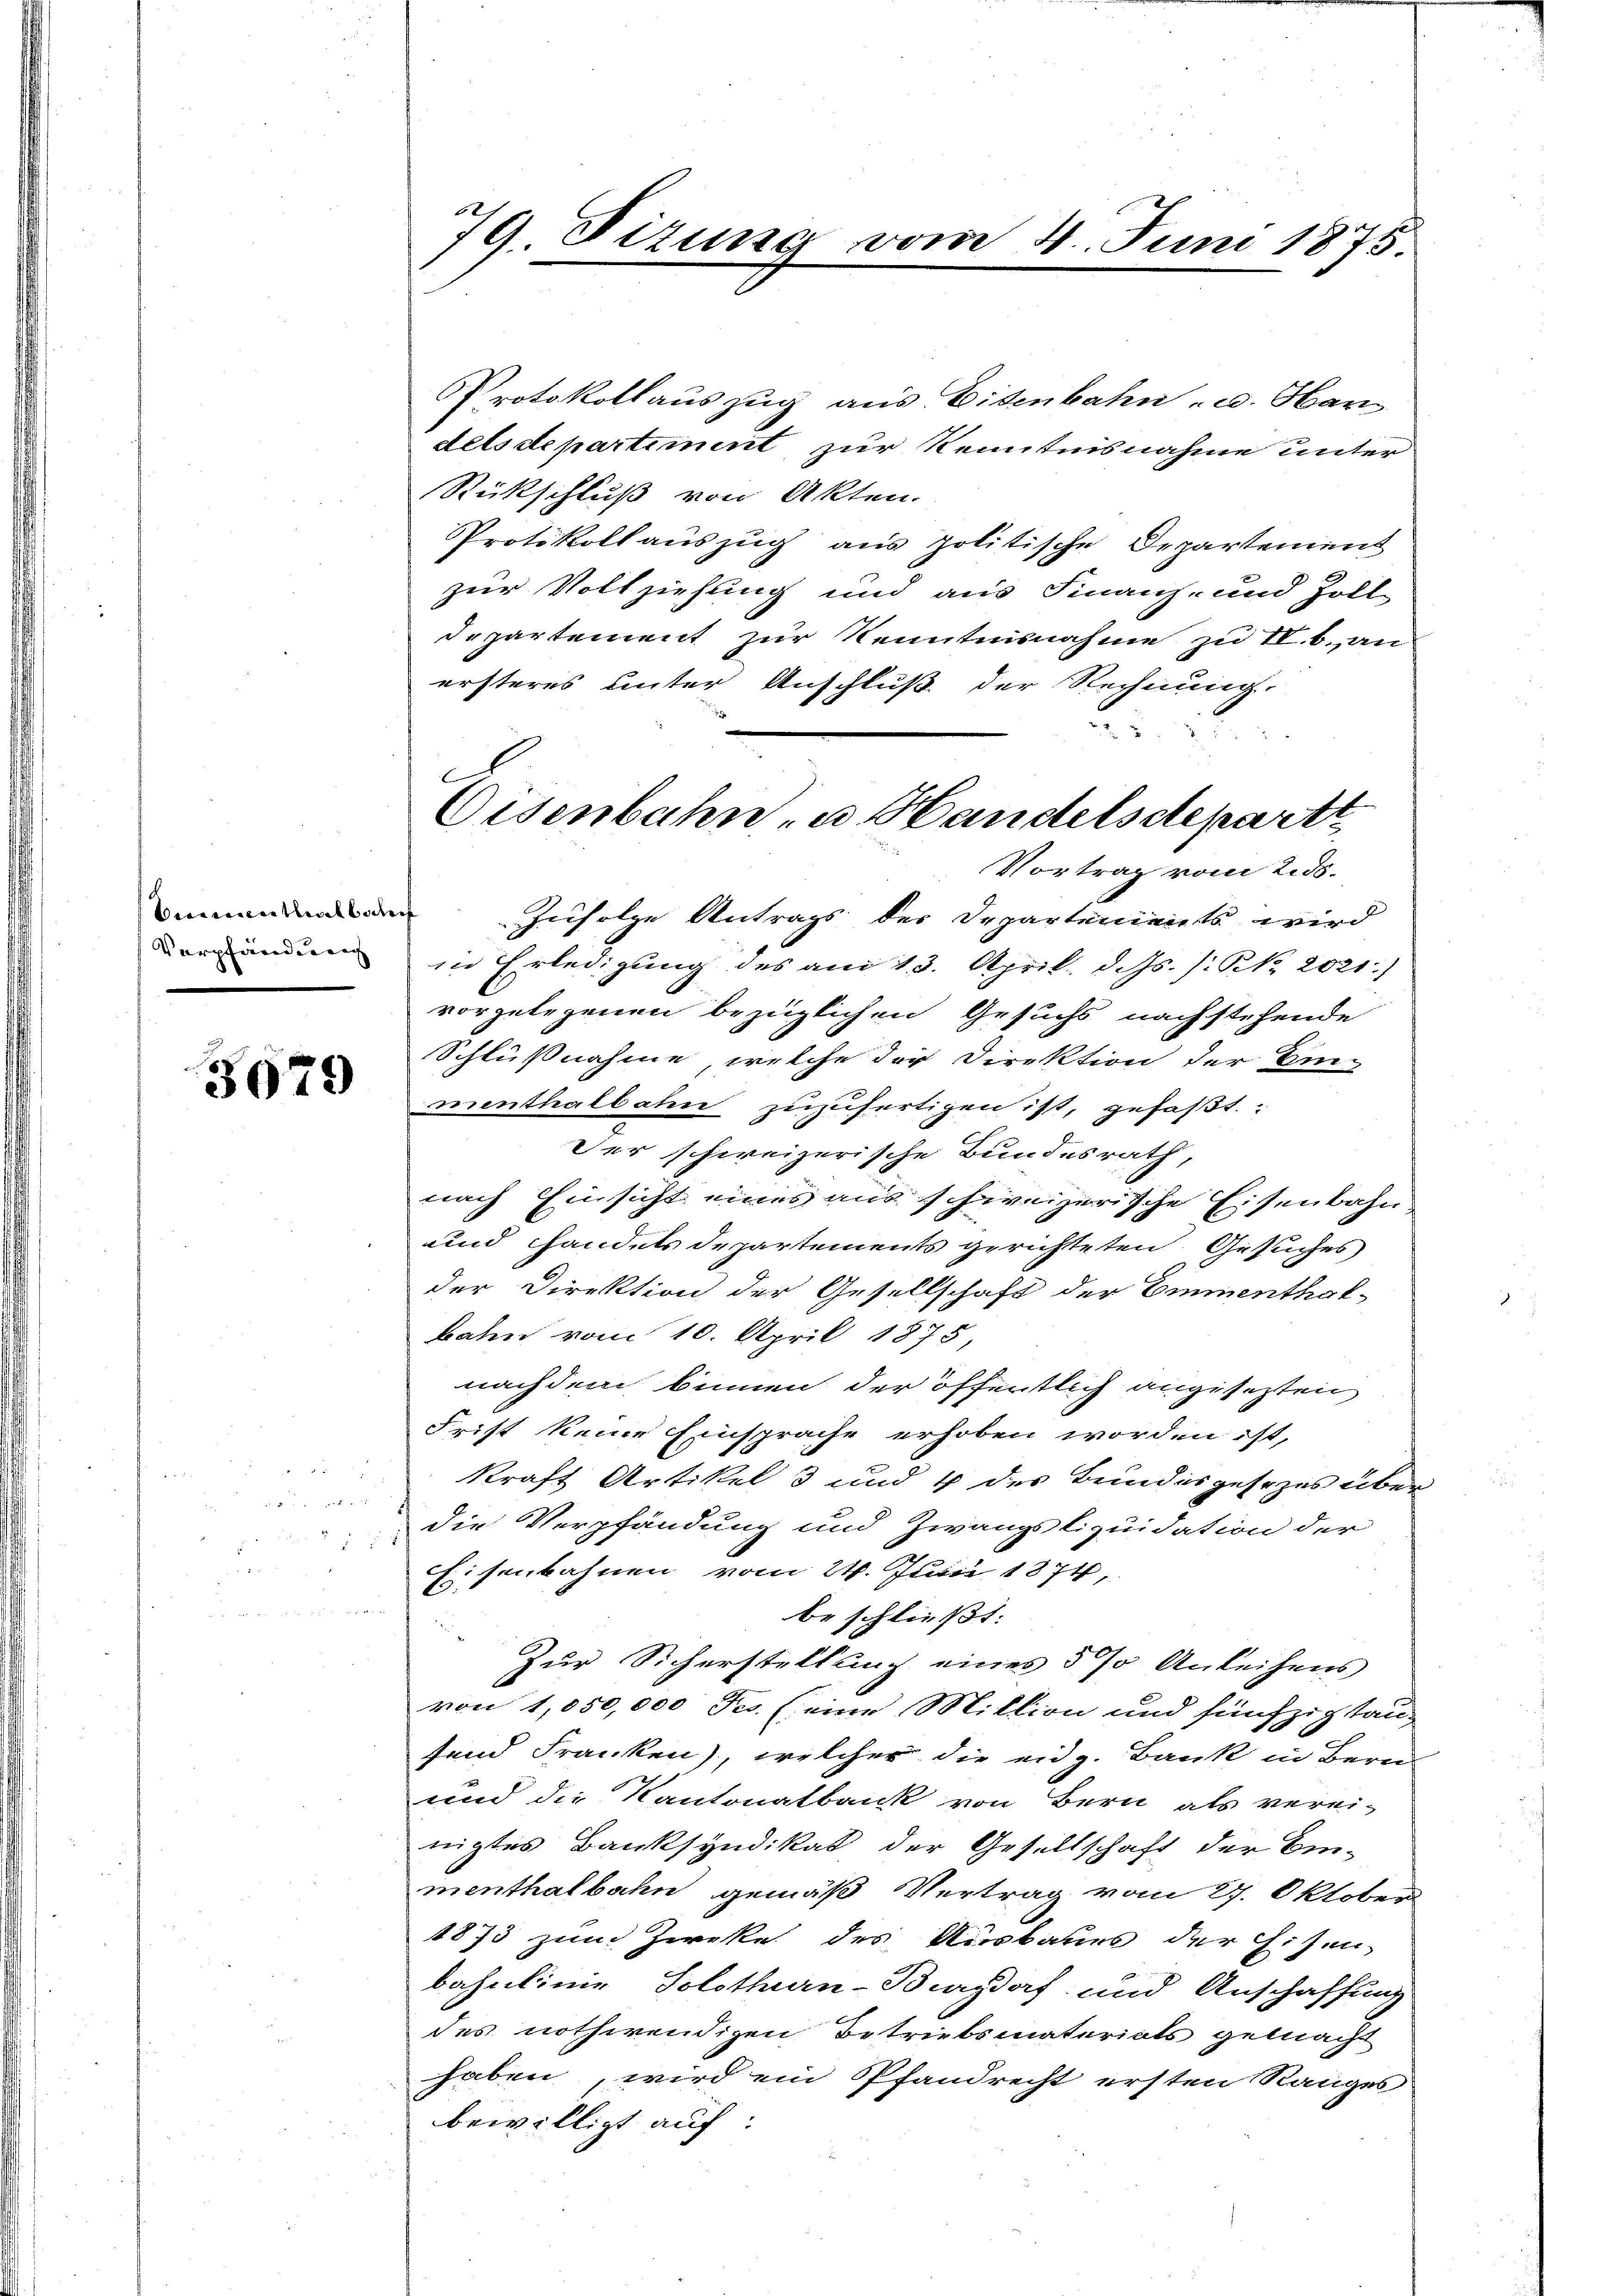
Kumenthal bal
Verpfänderung

3079

s

2

r

79. Fizung vom 4. Juni 1875

Protokollauszug aus Eisenbahn - u. Har
dels de partiment zur Kenntnisnahme unter
Rückschluß von Akten.
Protokollauszug aus politische Departement
zur Vollziehung und aus Finanz- und Zoll
departement zur Kenntnisnahme zu II. b., an
ersteres unter Anschluß der Rechnung.
f
Zufolge Antrags der Departenients wird
in Erledigung des am 13. April d. Js. /: N. 2021.)
vorgelegenen bezüglichen Gesuchs nachstehende
Schlußnahme, welche der Direktion der Ein-
menthalbahn zuzufertigen ist, gefaßt.
Der schweizerische Bundesrath,
nach Einsicht eines aus schweizerische Eisenbahn
und handels Departements gerichteten Gesuches
der Direktion der Gesellschaft der Emmenthal-
bahn vom 10. April 1875
nachdem binnen der öffentlich angesetzten
Frist keine Einsprache erhoben worden ist,
kraft Artikel 3 und 4 des Bundesgesezes über-
die Verpfändung und Zwangsliquidation der
Eisenbahnen vom 24. Juni 1874,
beschließt:
Zur Sicherstellung eines 5 % Anleihens
von 1,050,000 Jes. (eine Million und fünfzigtau-
fend Franken), welcher die eidg. Bank in Bern
und die Kantonalbank von Bern als vereinigtes Banksyndikat der Gesellschaft der Ein-
menthalbahn gemäß Vertrag vom 27. Oktober
1873 zum Zwecke des Ausbaues der Eisen-
bahnlinie Solothurn-Burgdorf und Anschaffung
des nothwendigen Betriebsmaterials gemacht
haben, wird ein Pfandrecht ersten Ranges
bewilligt auf:

Eisenbahn- u. Handelsdepartt
Vortrag vom 2. ds.